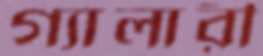
গ্যালারী